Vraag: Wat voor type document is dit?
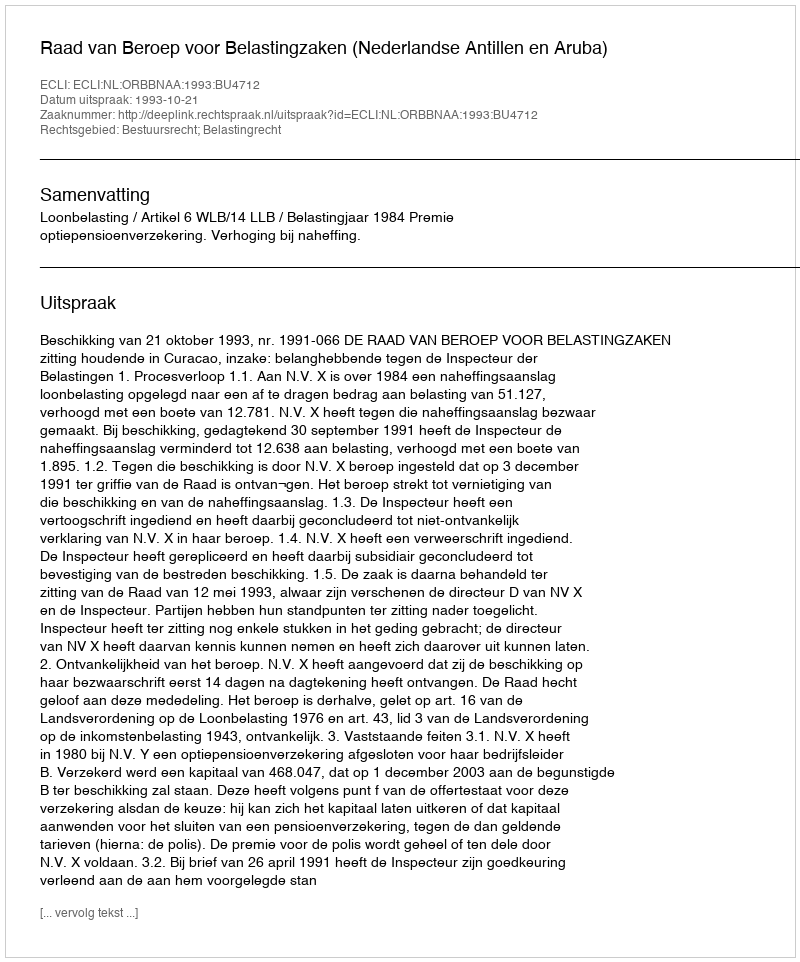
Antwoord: Uitspraak